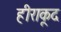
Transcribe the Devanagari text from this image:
हीराकूद